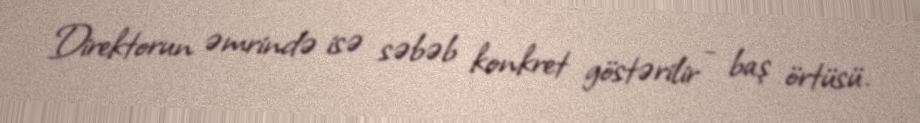
Direktorun əmrində isə səbəb konkret göstərilir - baş örtüsü.